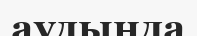
аудында